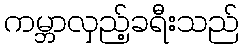
ကမ္ဘာလှည့်ခရီးသည်